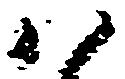
ハ